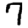
Digit: 7